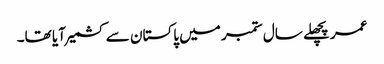
عمر پچھلے سال ستمبر میں پاکستان سے کشمیر آیا تھا۔